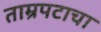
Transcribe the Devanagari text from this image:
ताम्रपटाचा